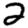
Digit: 2